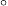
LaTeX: \scriptscriptstyle\circ